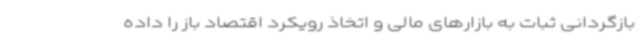
بازگردانی ثبات به بازارهای مالی و اتخاذ رویکرد اقتصاد باز را داده